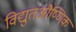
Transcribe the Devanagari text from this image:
विद्युतऔष्णिक